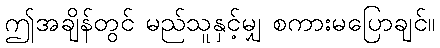
ဤအချိန်တွင် မည်သူနှင့်မျှ စကားမပြောချင်။